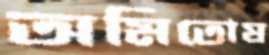
অমিতোষ